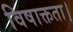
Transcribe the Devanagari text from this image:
विषाक्तता।